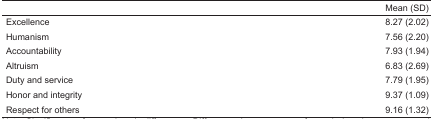
<table><thead><tr><td>[EMPTY_CELL]</td><td><b>Mean (SD)</b></td></tr></thead><tbody><tr><td>Excellence</td><td>8.27 (2.02)</td></tr><tr><td>Humanism</td><td>7.56 (2.20)</td></tr><tr><td>Accountability</td><td>7.93 (1.94)</td></tr><tr><td>Altruism</td><td>6.83 (2.69)</td></tr><tr><td>Duty and service</td><td>7.79 (1.95)</td></tr><tr><td>Honor and integrity</td><td>9.37 (1.09)</td></tr><tr><td>Respect for others</td><td>9.16 (1.32)</td></tr></tbody></table>